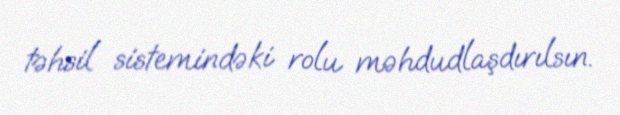
təhsil sistemindəki rolu məhdudlaşdırılsın.